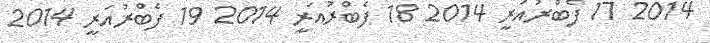
2014 17 ފެބްރުއަރީ 2014 18 ފެބްރުއަރީ 2014 19 ފެބްރުއަރީ 2014